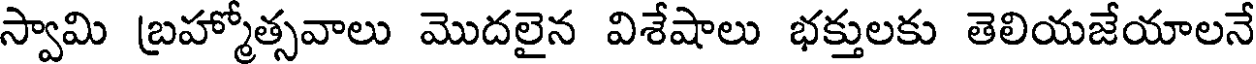
స్వామి బ్రహ్మోత్సవాలు మొదలైన విశేషాలు భక్తులకు తెలియజేయాలనే